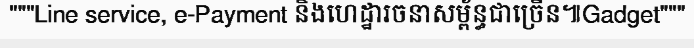
"""Line service, e-Payment និងហេដ្ឋារចនាសម្ព័ន្ធជាច្រើន៕Gadget"""